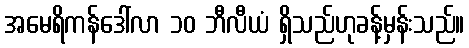
အမေရိကန်ဒေါ်လာ ၁၀ ဘီလီယံ ရှိသည်ဟုခန့်မှန်းသည်။